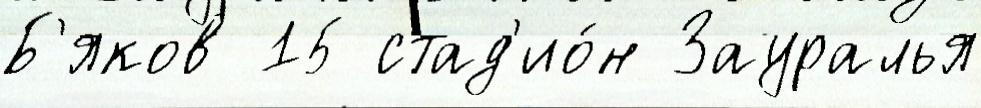
Б'яков 15 стад'ио́н Зауралья